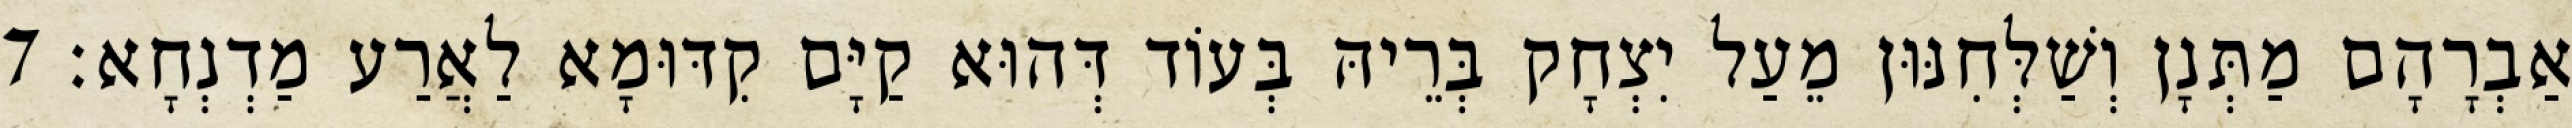
אַבְרָהָם מַתְּנָן וְשַׁלְּחִנּוּן מֵעַל יִצְחָק בְּרֵיהּ בְּעוֹד דְּהוּא קַיָּם קִדּוּמָא לַאֲרַע מַדְנְחָא׃ 7